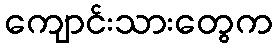
ကျောင်းသားတွေက